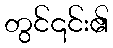
တွင်၎င်း၏